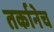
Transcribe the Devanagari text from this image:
तर्कानेच